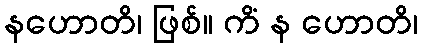
နဟောတိ၊ ဖြစ်။ ကိံ န ဟောတိ၊